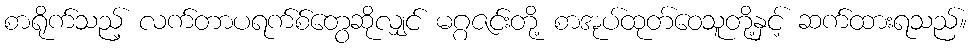
စာရိုက်သည့် လက်တာပရက်စ်တွေဆိုလျှင် မဂ္ဂဇင်းတို့ စာအုပ်ထုတ်ဝေသူတို့နှင့် ဆက်ထားရသည်။